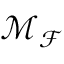
\mathcal { M } _ { \mathcal { F } }